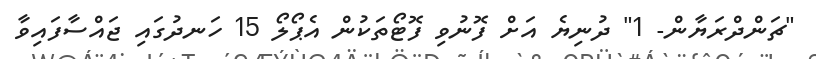
"ޗަންދްރަޔާން- 1" ދުނިޔެ އަށް ފޮނުވި ފޮޓޯތަކުން އެޕޯލޯ 15 ހަނދުގައި ޖައްސާފައިވާ